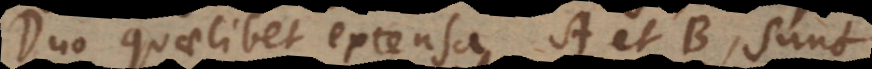
Duo quaelibet extensa A et B, sunt